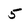
Character: 5